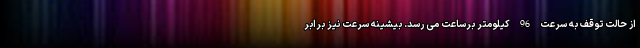
از حالت توقف به سرعت 96 کیلومتر برساعت می رسد. بیشینه سرعت نیز برابر